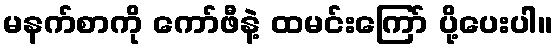
မနက်စာကို ကော်ဖီနဲ့ ထမင်းကြော် ပို့ပေးပါ။